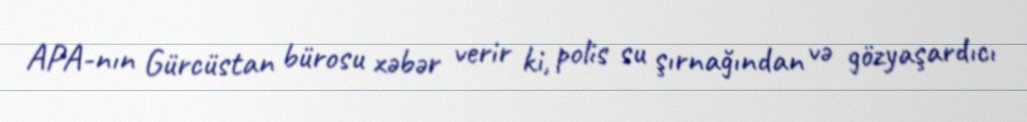
APA-nın Gürcüstan bürosu xəbər verir ki, polis su şırnağından və gözyaşardıcı